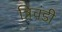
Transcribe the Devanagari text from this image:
त्रिचंडी